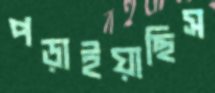
পড়াইয়াছিস